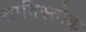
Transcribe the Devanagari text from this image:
ताविस्तोक